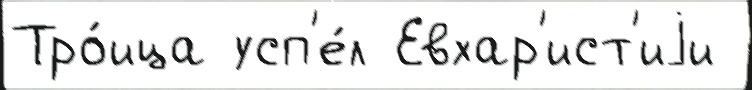
Тро́ица усп'е́л Евхар'ист'иjи